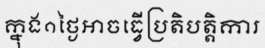
ក្នុង១ថ្ងៃអាចធ្វើប្រតិបត្តិការ